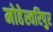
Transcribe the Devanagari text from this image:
मोहेस्वरिपुर